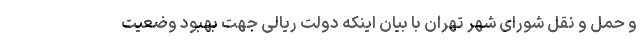
و حمل و نقل شورای شهر تهران با بیان اینکه دولت ریالی جهت بهبود وضعیت